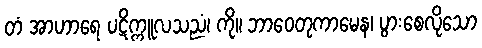
တံ အာဟာရေ ပဋိက္ကူလသညံ၊ ကို။ ဘာဝေတုကာမေန၊ ပွားစေလိုသော